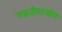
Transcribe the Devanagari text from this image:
पद्धतीशास्त्रीय